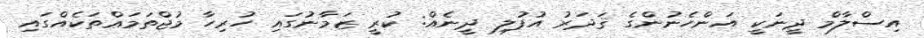
އިސްލާމް ދީނަކީ އަންހެނުންގެ ޤަދަރު އުފުލި ދީނެއް: ކުރީ ޒަމާނުގައި ހުރިހާ މުޖްތަމަޢްތަކެއްގައި